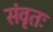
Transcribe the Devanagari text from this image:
संवृतः